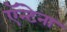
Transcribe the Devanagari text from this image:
ऍन्टेना